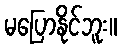
မပြောနိုင်ဘူး။